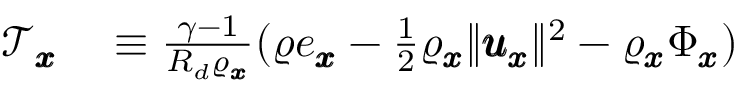
\begin{array} { r l } { \mathscr { T } _ { \pmb { x } } } & { { } \equiv \frac { \gamma - 1 } { R _ { d } \varrho _ { \pmb { x } } } ( \varrho e _ { \pmb { x } } - \frac { 1 } { 2 } \varrho _ { \pmb { x } } \| \pmb { \mathscr { u } } _ { \pmb { x } } \| ^ { 2 } - \varrho _ { \pmb { x } } \Phi _ { \pmb { x } } ) } \end{array}